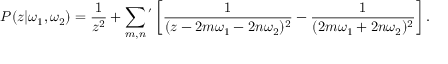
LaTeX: { \cal P } ( z | \omega _ { 1 } , \omega _ { 2 } ) = \frac { 1 } { z ^ { 2 } } + \sum _ { m , n } { } ^ { ' } \left[ \frac { 1 } { ( z - 2 m \omega _ { 1 } - 2 n \omega _ { 2 } ) ^ { 2 } } - \frac { 1 } { ( 2 m \omega _ { 1 } + 2 n \omega _ { 2 } ) ^ { 2 } } \right] .